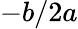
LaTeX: -b/2a